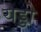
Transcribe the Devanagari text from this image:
यड्डो